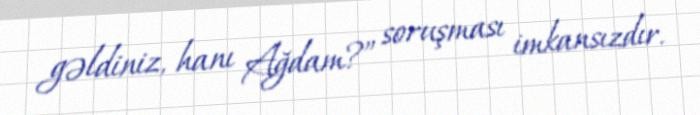
gəldiniz, hanı Ağdam?” soruşması imkansızdır.